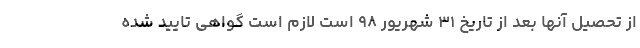
از تحصیل آنها بعد از تاریخ ۳۱ شهریور ۹۸ است لازم است گواهی تایید شده